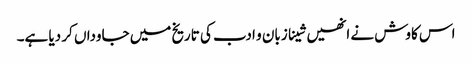
اس کاوش نے انھیں شینا زبان و ادب کی تاریخ میں جاوداں کر دیا ہے۔